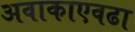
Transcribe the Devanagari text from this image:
अवाकाएवढा